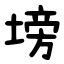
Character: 塝